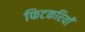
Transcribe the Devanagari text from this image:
फिटकरियाँ